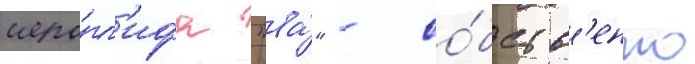
иеро́гл'ифа "ва́" - со́бств'енно